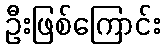
ဦးဖြစ်ကြောင်း